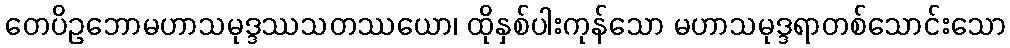
တေပိဥဘောမဟာသမုဒ္ဒဿသတဿယော၊ ထိုနှစ်ပါးကုန်သော မဟာသမုဒ္ဒရာတစ်သောင်းသော